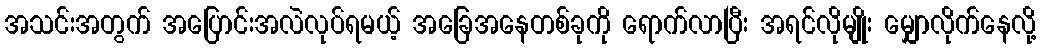
အသင်းအတွက် အပြောင်းအလဲလုပ်ရမယ့် အခြေအနေတစ်ခုကို ရောက်လာပြီး အရင်လိုမျိုး မျှောလိုက်နေလို့